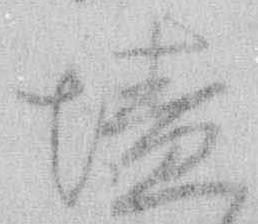
墻